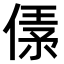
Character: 𠋾